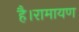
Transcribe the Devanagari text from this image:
है।रामायण